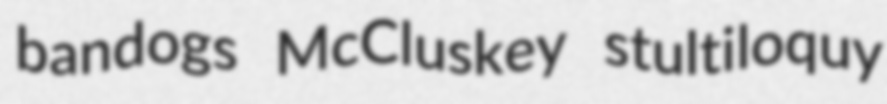
bandogs McCluskey stultiloquy